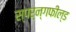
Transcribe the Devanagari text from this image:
स्पर्न्गफील्ड